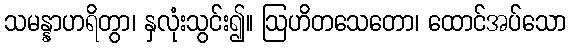
သမန္နာဟရိတွာ၊ နှလုံးသွင်း၍။ ဩဟိတသေတော၊ ထောင်အပ်သော